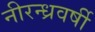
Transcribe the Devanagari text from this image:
नीरन्ध्रवर्षी